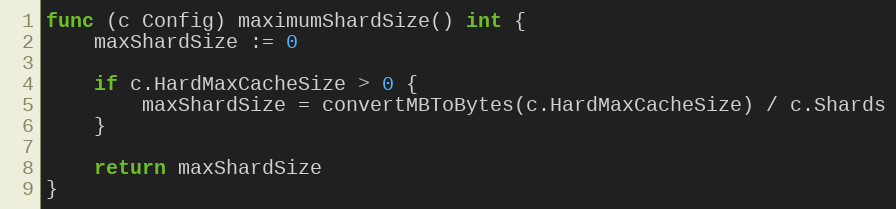
Language: Go
func (c Config) maximumShardSize() int {
	maxShardSize := 0

	if c.HardMaxCacheSize > 0 {
		maxShardSize = convertMBToBytes(c.HardMaxCacheSize) / c.Shards
	}

	return maxShardSize
}